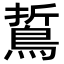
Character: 𪁊